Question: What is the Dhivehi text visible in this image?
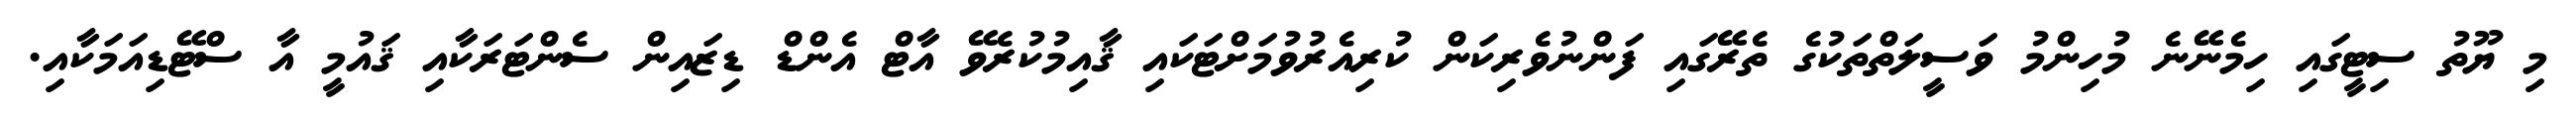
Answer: މި ޔޫތު ސިޓީގައި ހިމެނޭނެ މުހިންމު ވަސީލަތްތަކުގެ ތެރޭގައި ފަންނުވެރިކަން ކުރިއެރުވުމަށްޓަކައި ޤާއިމުކުރެވޭ އާޓް އެންޑް ޑިޒައިން ސެންޓަރަކާއި ޤައުމީ އާ ސްޓޭޑިއަމަކާއި.